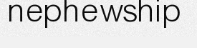
nephewship